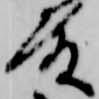
殿